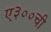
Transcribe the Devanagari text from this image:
ए३००ची